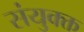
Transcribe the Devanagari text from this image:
संयुक्क्त